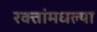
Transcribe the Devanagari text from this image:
रक्तांमधल्या